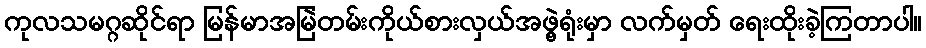
ကုလသမဂ္ဂဆိုင်ရာ မြန်မာအမြဲတမ်းကိုယ်စားလှယ်အဖွဲ့ရုံးမှာ လက်မှတ် ရေးထိုးခဲ့ကြတာပါ။